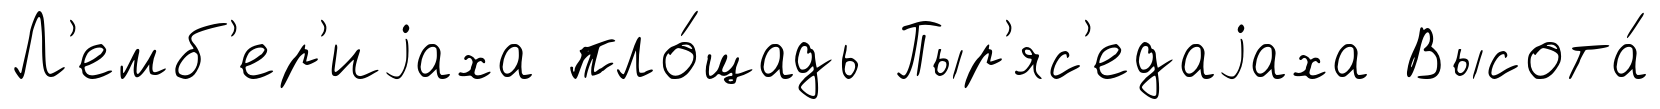
Л'емб'ер'иjаха пло́щадь Пыр'яс'едаjаха Высота́